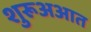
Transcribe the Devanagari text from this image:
शुरूअआत